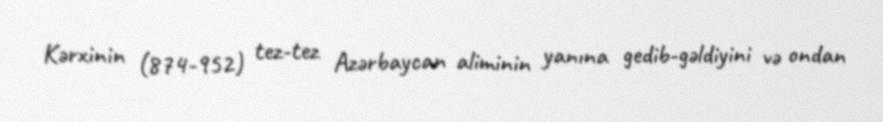
Kərxinin (874-952) tez-tez Azərbaycan aliminin yanına gedib-gəldiyini və ondan